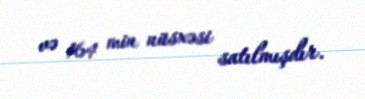
və 164 min nüsxəsi satılmışdır.